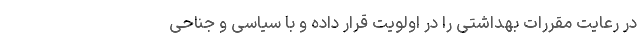
در رعایت مقررات بهداشتی را در اولویت قرار داده و با سیاسی و جناحی